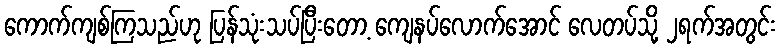
ကောက်ကျစ်ကြသည်ဟု ပြန်သုံးသပ်ပြီးတော့ ကျေနပ်လောက်အောင် လေတပ်သို့ ၂ရက်အတွင်း